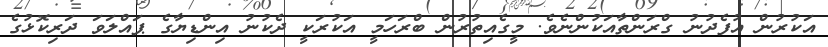
އަކުރުން އުފެދުނު ގްރަންތާއަކުންނެވެ. މީގެއިތުރުން ބްރަހަމީ އަކުރަކީ ދެކުނު އިންޑިޔާގެ ޕައްލަވަ ދަރިކޮޅުގެ